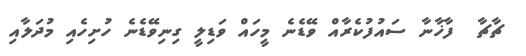
ޗާޗާ  ފާޚާނާ ސައުފުކެރާއް ވޭޑެނެ މީހައް ވަޑިލީ ގިނިވޭޑެނެ ހުށިހެއި މުދަލާއި